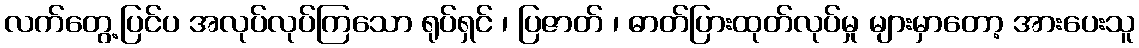
လက်တွေ့ပြင်ပ အလုပ်လုပ်ကြသော ရုပ်ရှင် ၊ ပြဇာတ် ၊ ဓာတ်ပြားထုတ်လုပ်မှု များမှာတော့ အားပေးသူ